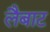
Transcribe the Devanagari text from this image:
लैबाट